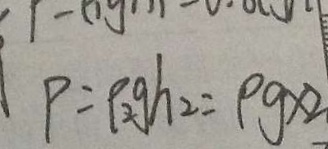
P = \rho _ { 2 } g h _ { 2 } = \rho g \times 2